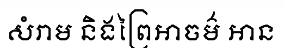
សំរាម និងព្រៃអាចម៌ អាន